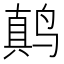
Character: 𱊚